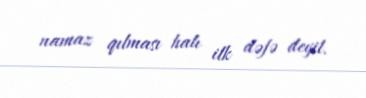
namaz qılması halı ilk dəfə deyil.